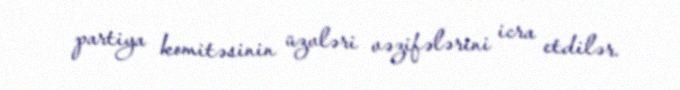
partiya komitəsinin üzvləri vəzifələrini icra etdilər.